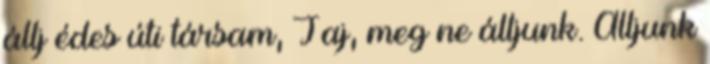
állj édes úti társam, Jaj, meg ne álljunk. Álljunk